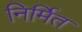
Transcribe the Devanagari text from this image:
निर्मित